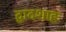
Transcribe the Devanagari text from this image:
द्वादशाहः